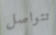
تتواصل